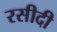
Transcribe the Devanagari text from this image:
रसीदी